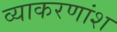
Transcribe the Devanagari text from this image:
व्याकरणांश